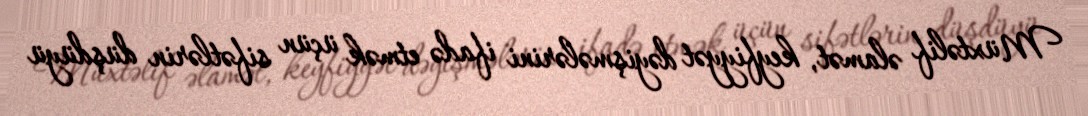
Müxtəlif əlamət, keyfiyyət dəyişmələrini ifadə etmək üçün sifətlərin düşdüyü